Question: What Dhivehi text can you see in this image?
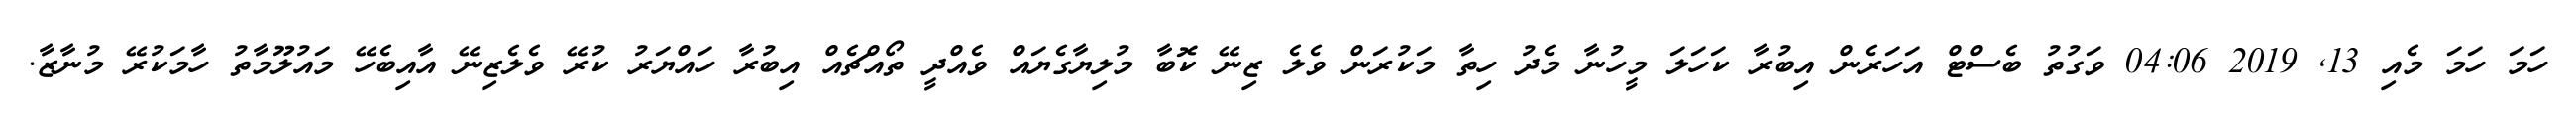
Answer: ހަމަ ހަމަ މެއި 13, 2019 04:06 ވަގުތު ބެސްޓް އަހަރެން އިބުރާ ކަހަލަ މީހުނާ މެދު ހިތާ މަކުރަން ވެލެ ޒިނޭ ކޮބާ މުލިޔާގެޔައް ވެއްދީ ތޯއްޗެއް އިބުރާ ހައްޔަރު ކުރޭ ވެލެޒިނޭ އާއިބެހޭ މައުލޫމާތު ހާމަކުރޭ މުނާޒާ.